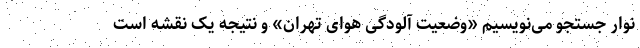
نوار جستجو می‌نویسیم «وضعیت آلودگی هوای تهران» و نتیجه یک نقشه است